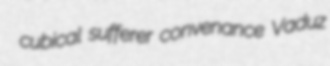
cubical sufferer convenance Vaduz